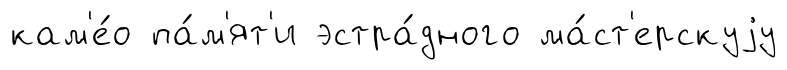
кам'е́о па́м'ят'и эстра́дного ма́ст'ерскуjу